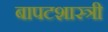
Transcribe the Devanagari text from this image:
बापटशास्त्री